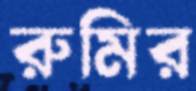
রুমির